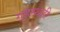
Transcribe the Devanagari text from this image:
गृहस्थही